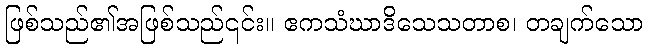
ဖြစ်သည်၏အဖြစ်သည်၎င်း။ ဧကသံဃာဒိသေသတာစ၊ တချက်သော